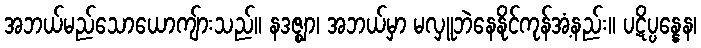
အဘယ်မည်သောယောကျ်ားသည်။ နဒဇ္ဈာ၊ အဘယ်မှာ မလှူဘဲနေနိုင်ကုန်အံ့နည်း။ ပဋိပ္ပန္နေန၊